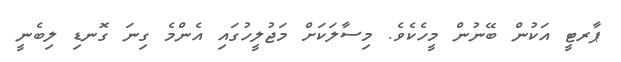
ޕާރޓީ އަކުން ބޭނުން މީހެކެވެ. މިސާލަކަށް މަޖުލީހުގައި އެންމެ ގިނަ ގޮނޑި ލިބެނީ